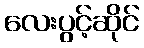
လေးပွင့်ဆိုင်